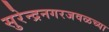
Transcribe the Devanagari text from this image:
सुरेन्द्रनगरजवळच्या